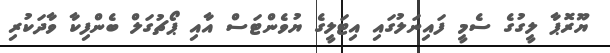
ޔޫރޮޕާ ލީގުގެ ސެމީ ފައިނަލުގައި އިޓަލީގެ ޔުވެންޓަސް އާއި ޕޯޗުގަލް ބެންފިކާ ވާދަކުރި